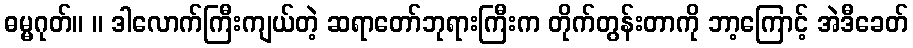
ဓမ္မဂုတ်။ ။ ဒါလောက်ကြီးကျယ်တဲ့ ဆရာတော်ဘုရားကြီးက တိုက်တွန်းတာကို ဘာ့ကြောင့် အဲဒီခေတ်